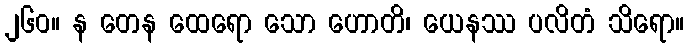
၂၆၀။ န တေန ထေရော သော ဟောတိ၊ ယေနဿ ပလိတံ သိရော။